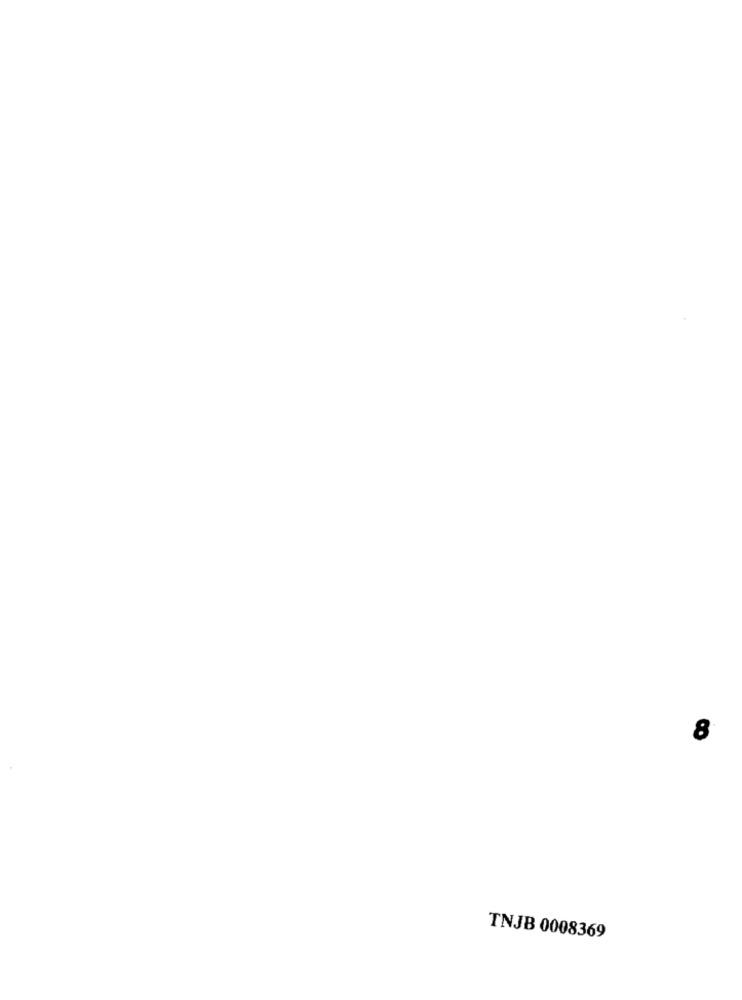
8
TNJB 0008369